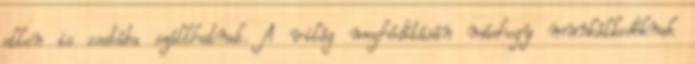
ellen is csatába szállhatnak. A világ meghódításán máshogy munkálkodóknak